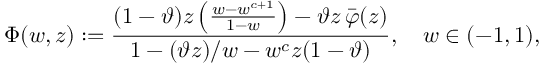
\Phi ( w , z ) : = \frac { ( 1 - \vartheta ) z \left( \frac { w - w ^ { c + 1 } } { 1 - w } \right) - \vartheta z \, \bar { \varphi } ( z ) } { 1 - ( \vartheta z ) / w - w ^ { c } z ( 1 - \vartheta ) } , \quad w \in ( - 1 , 1 ) ,